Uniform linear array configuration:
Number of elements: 48
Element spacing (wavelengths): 0.5
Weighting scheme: blackman
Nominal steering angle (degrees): -45
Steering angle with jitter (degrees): -45.537
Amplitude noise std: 0.05
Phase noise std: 0.05

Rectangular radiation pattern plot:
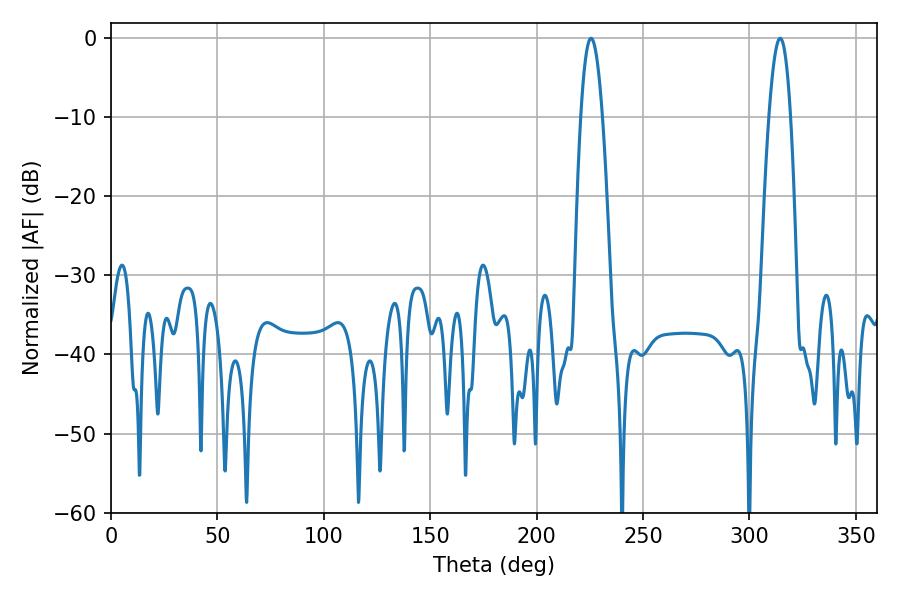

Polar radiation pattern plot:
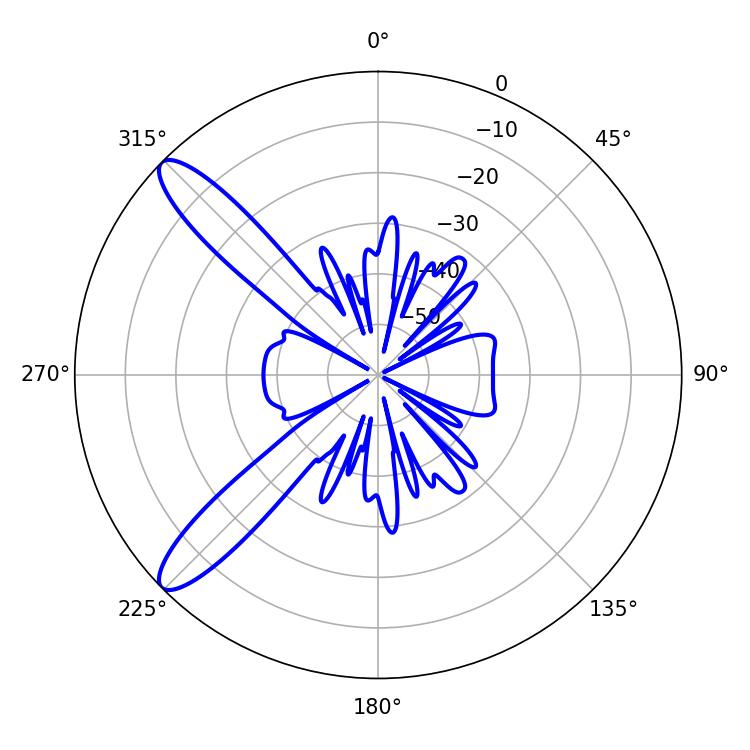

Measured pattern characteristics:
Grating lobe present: FALSE
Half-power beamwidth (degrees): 5.58
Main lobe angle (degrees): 225.54